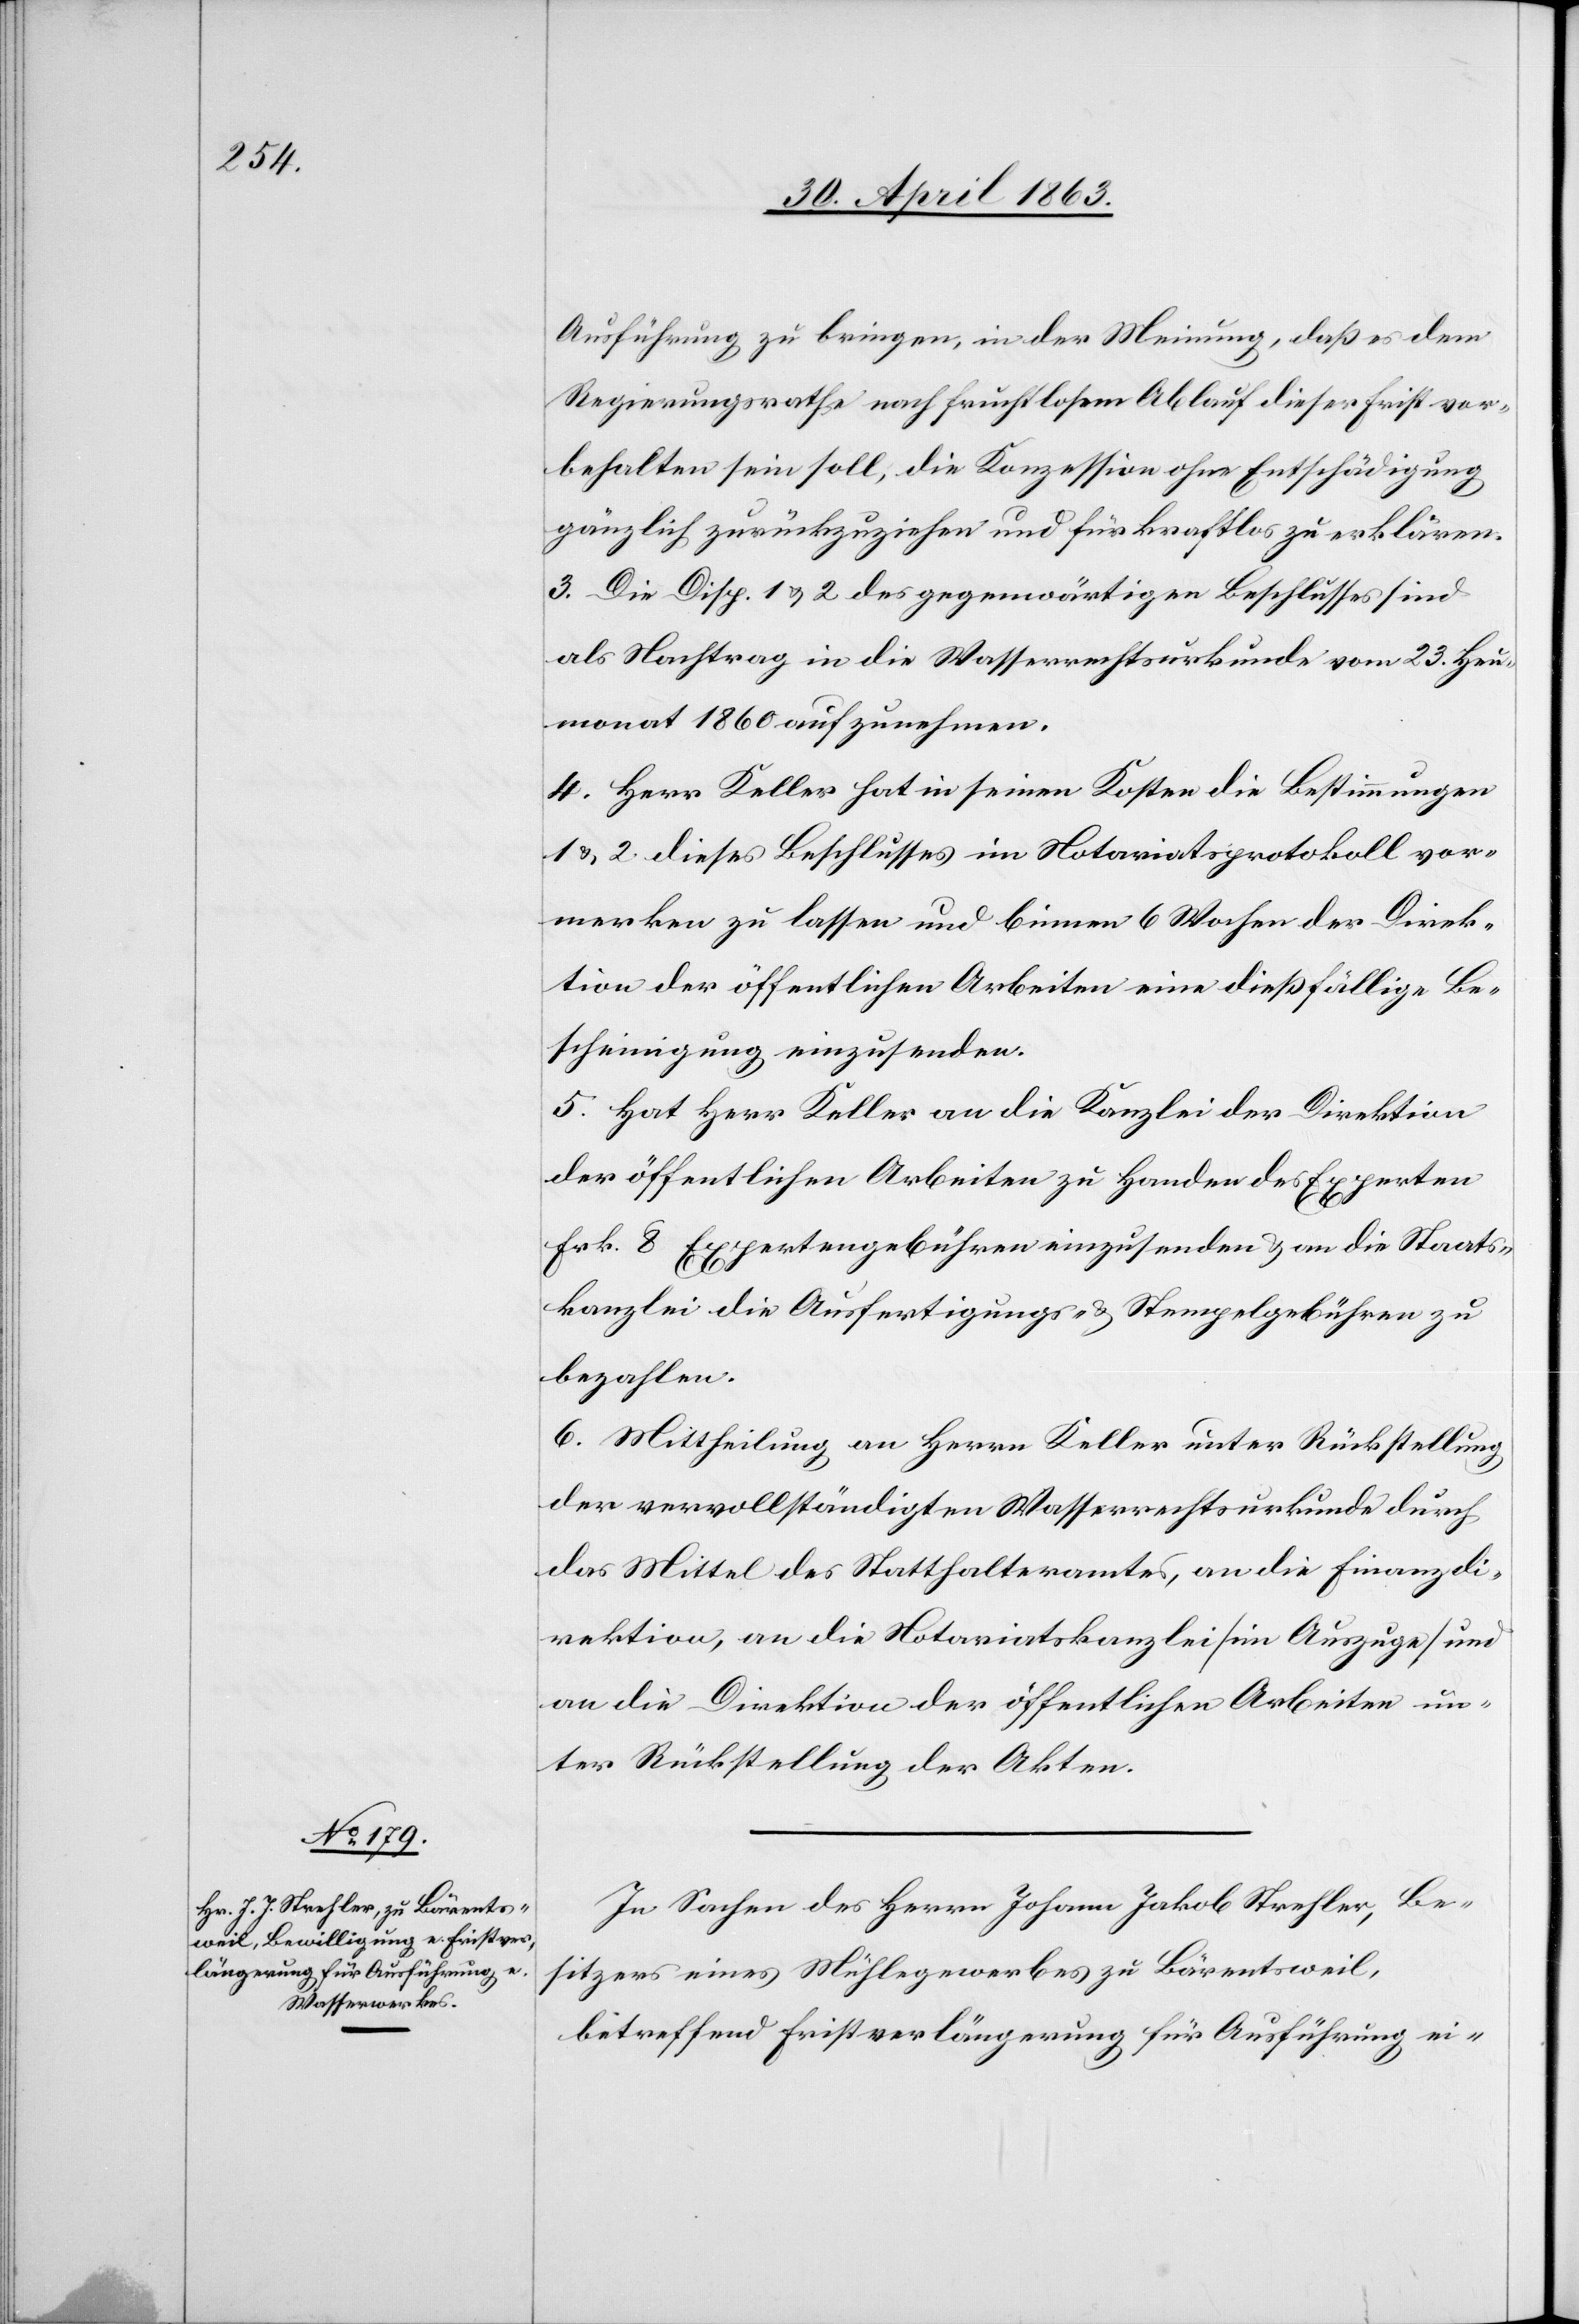
Ausführung zu bringen, in der Meinung, daß es dem
Regierungsrathe nach fruchtlosem Ablauf dieser Frist vor¬
behalten sein soll, die Konzession ohne Entschädigung
gänzlich zurückzuziehen und für kraftlos zu erklären.
3. Die Disp. 1 & 2 des gegenwärtigen Beschlusses sind
als Nachtrag in die Wasserrechtsurkunde vom 23. Heu¬
monat 1860 aufzunehmen.
4. Herr Keller hat in seinen Kosten die Bestimmungen
1 & 2. dieses Beschlusses im Notariatsprotokoll vor¬
merken zu lassen und binnen 6 Wochen der Direk¬
tion der öffentlichen Arbeiten eine dießfällige Be¬
scheinigung einzusenden.
5. Hat Herr Keller an die Kanzlei der Direktion
der öffentlichen Arbeiten zu Handen des Experten
Frk. 8 Expertengebühren einzusenden & an die Staats¬
kanzlei die Ausfertigungs- & Stempelgebühren zu
bezahlen.
6. Mittheilung an Herrn Keller unter Rückstellung
der vervollständigten Wasserrechtsurkunde durch
das Mittel des Statthalteramtes, an die Finanzdi¬
rektion, an die Notariatskanzlei (im Auszuge) und
an die Direktion der öffentlichen Arbeiten un¬
ter Rückstellung der Akten.
In Sachen des Herrn Johann Jakob Strehler, Be¬
sitzers eines Mühlegewerbes zu Bärentsweil,
betreffend Fristverlängerung für Ausführung ei-